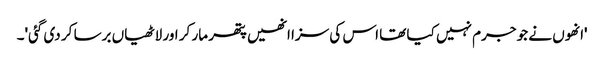
'انھوں نے جو جرم نہیں کیا تھا اس کی سزا انھیں پتھر مار کر اور لاٹھیاں برسا کر دی گئی'۔